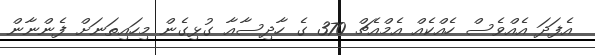
އެފަދަ އެއްވެސް ހެއްކެއް އެމްއެޗް 370 ގެ ހާދިސާއާ ގުޅިގެން މިހައިތަނަށް ފެންނާން